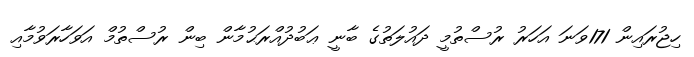
ހިޖުރައިން 171ވަނަ އަހަރު ރުސްތުމީ ދައުލަތުގެ ބާނީ ޢަބުދުއްރަޙުމާން ބިން ރުސްތުމް އަވަހާރަވުމާއި